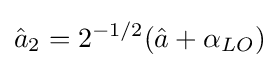
{\hat {a}}_{2}=2^{-1/2}({\hat {a}}+\alpha _{LO})